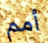
أمم